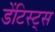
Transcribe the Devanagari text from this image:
डेंटिस्ट्स